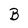
Character: B